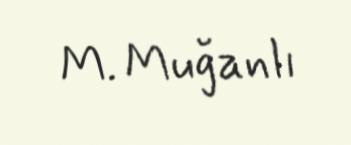
M. Muğanlı